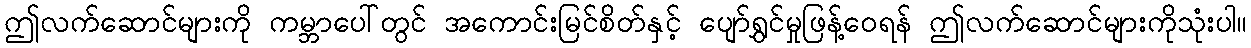
ဤလက်ဆောင်များကို ကမ္ဘာပေါ်တွင် အကောင်းမြင်စိတ်နှင့် ပျော်ရွှင်မှုဖြန့်ဝေရန် ဤလက်ဆောင်များကိုသုံးပါ။